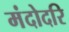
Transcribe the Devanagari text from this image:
मंदोदरि